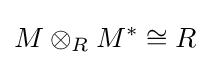
M\otimes _{R}M^{*}\cong R